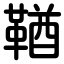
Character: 鞧